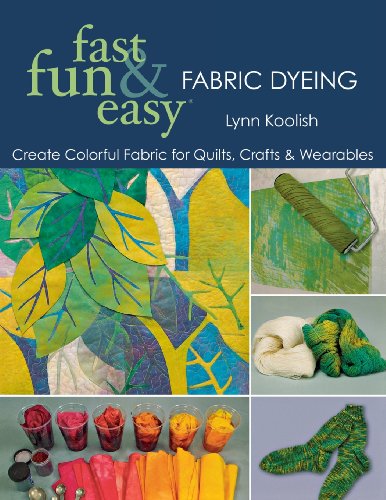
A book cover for Fast, Fun & Easy Fabric Dyeing: Create Colorful Fabric for Quilts, Crafts & Wearables; Lynn Koolish; Crafts, Hobbies & Home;